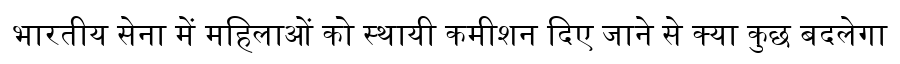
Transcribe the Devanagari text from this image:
भारतीय सेना में महिलाओं को स्थायी कमीशन दिए जाने से क्या कुछ बदलेगा